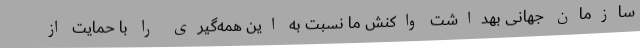
سازمان جهانی بهداشت واکنش ما نسبت به این همه‌گیری را با حمایت از